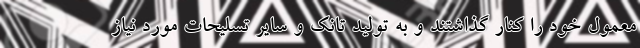
معمول خود را کنار گذاشتند و به تولید تانک و سایر تسلیحات مورد نیاز